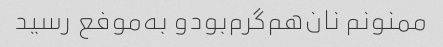
ممنونم نان‌هم‌گرم‌بود‌و به‌موفع رسید‌